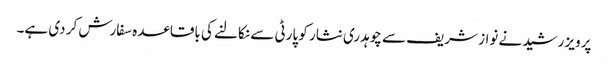
پرویز رشید نے نواز شریف سے چوہدری نثار کو پارٹی سے نکالنے کی باقاعدہ سفارش کر دی ہے۔